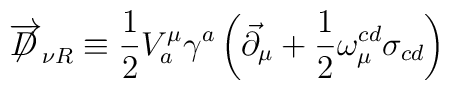
\overrightarrow{\not\!\!D}_{\nu R}\equiv\frac{1}{2}V^{\mu}_{a}\gamma^{a}\left(\vec{\partial}_{\mu}+\frac{1}{2}\omega_{\mu}^{cd}\sigma_{cd}\right)